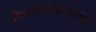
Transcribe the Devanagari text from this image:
निधायान्यन्नैवाश्रितमिह